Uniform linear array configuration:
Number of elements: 32
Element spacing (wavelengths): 0.5
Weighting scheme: hamming
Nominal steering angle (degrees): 30
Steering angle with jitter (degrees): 28.796
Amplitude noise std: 0.05
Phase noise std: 0.05

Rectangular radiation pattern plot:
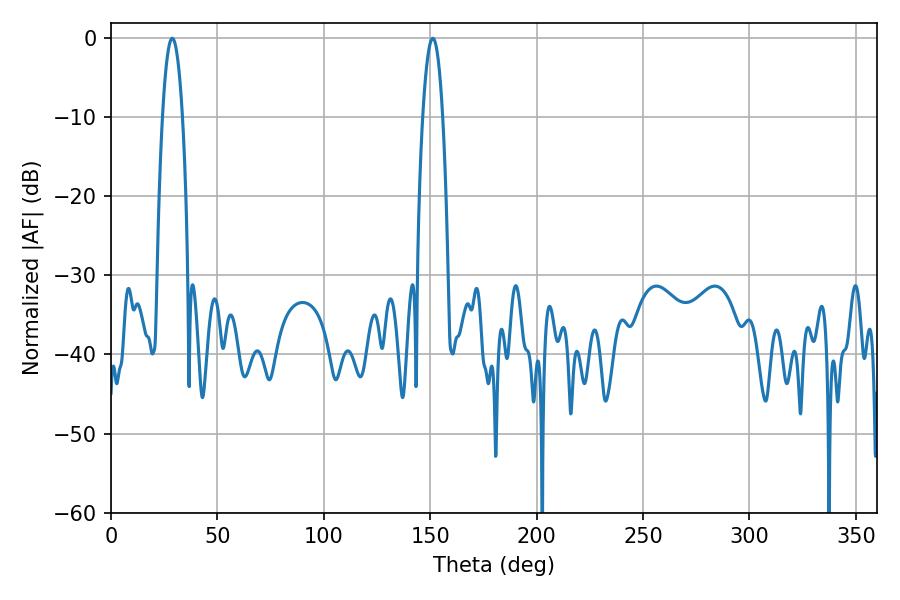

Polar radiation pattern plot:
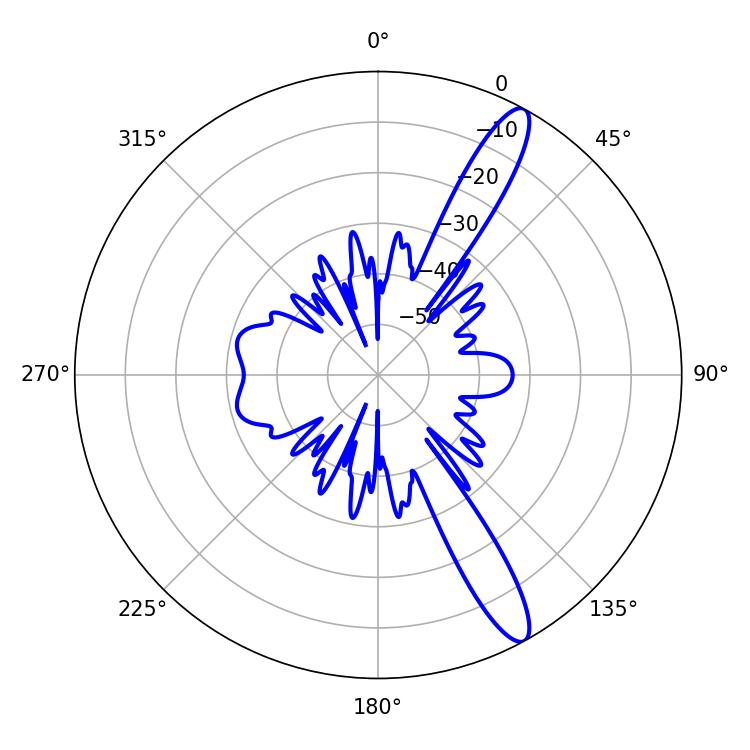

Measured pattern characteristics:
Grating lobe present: FALSE
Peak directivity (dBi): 13.284
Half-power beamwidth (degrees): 5.04
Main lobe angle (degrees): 28.8